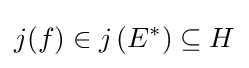
j(f)\in j\left(E^{*}\right)\subseteq H